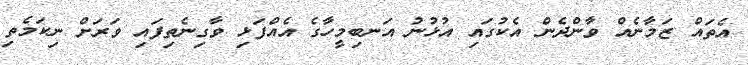
އެތައް ޒަމާނެއް ވާންދެން އެކުގައި އުޅުނު އަނބިމީހާގެ އެއްފަޅި ވާގިނެތިފައި ވަރަށް ނިކަމެތި